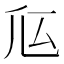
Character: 𠂧